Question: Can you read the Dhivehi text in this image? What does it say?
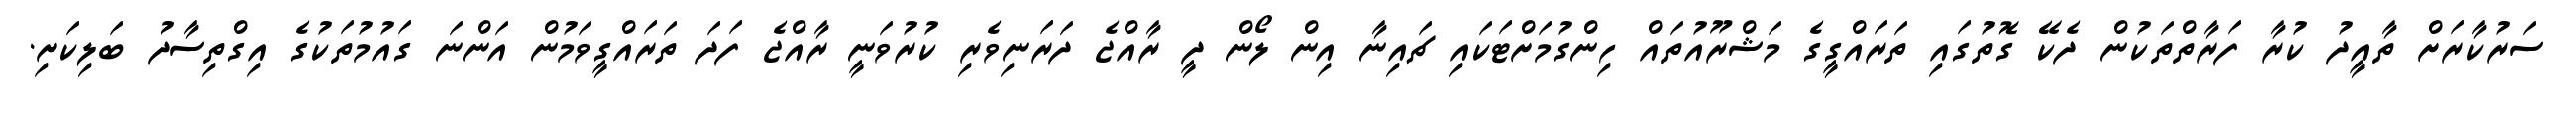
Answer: ސަރުކާރަށް ތާއީދު ކުރާ ފަރާތްތަކުން ދެކޭ ގޮތުގައި ތަރައްގީގެ މަޝްރޫއުތައް ހިންގުމަށްޓަކައި ޗައިނާ އިން ލޯން ދީ ރާއްޖެ ދަރަނިވެރި ކުރުވަނީ ރާއްޖެ ފަދަ ތަރައްގީވަމުން އަންނަ ގައުމުތަކުގެ އިގްތިސާދު ބަލިކަށި.